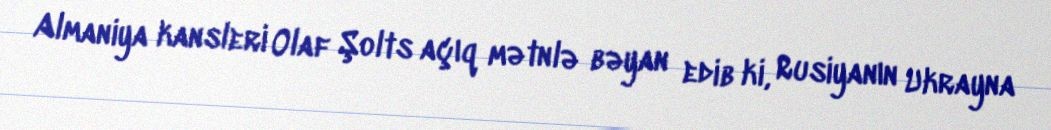
Almaniya kansleri Olaf Şolts açıq mətnlə bəyan edib ki, Rusiyanın Ukrayna